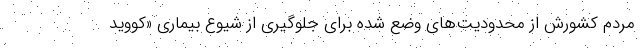
مردم کشورش از محدودیت‌های وضع شده برای جلوگیری از شیوع بیماری «کووید